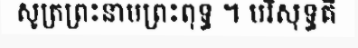
សូត្រព្រះនាមព្រះពុទ្ធ ។ បរិសុទ្ធគឺ